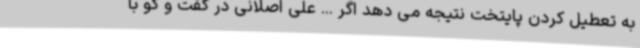
به تعطیل کردن پایتخت نتیجه می دهد اگر ... علی اصلانی در گفت و گو با